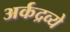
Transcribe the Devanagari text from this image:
अर्कद्रव्ये